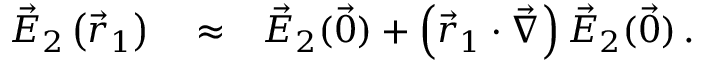
\begin{array} { r l r } { \vec { E } _ { 2 } \left( \vec { r } _ { 1 } \right) } & { { } \approx } & { \vec { E } _ { 2 } ( \vec { 0 } ) + \left( \vec { r } _ { 1 } \cdot \vec { \nabla } \right) \vec { E } _ { 2 } ( \vec { 0 } ) \, . } \end{array}